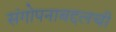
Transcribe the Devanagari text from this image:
संगोपनाबद्दलची